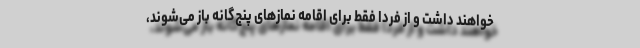
خواهند داشت و از فردا فقط برای اقامه نمازهای پنج‌گانه باز می‌شوند،